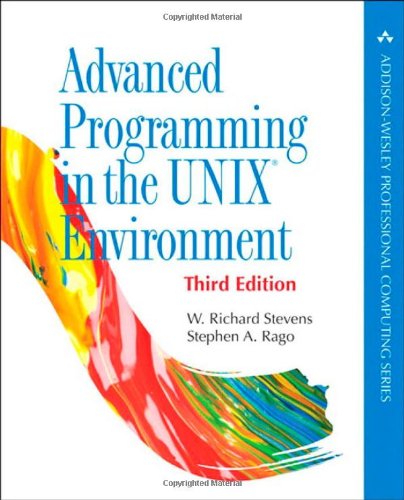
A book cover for Advanced Programming in the UNIX Environment, 3rd Edition; W. Richard Stevens; Computers & Technology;